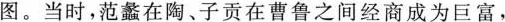
图。当时，范蠡在陶、子贡在曹鲁之间经商成为巨富，